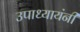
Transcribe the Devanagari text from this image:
उपाध्यायंनी